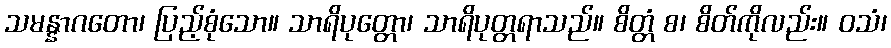
သမန္နာဂတော၊ ပြည့်စုံသော။ သာရိပုတ္တော၊ သာရိပုတ္တရာသည်။ စိတ္တံ စ၊ စိတ်ကိုလည်း။ ဝသံ၊